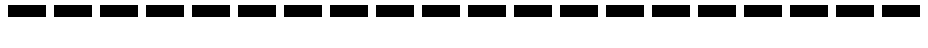
--------------------